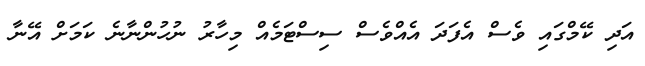
އަދި ކޭމްގައި ވެސް އެފަދަ އެއްވެސް ސިސްޓަމެއް މިހާރު ނުހުންނާނެ ކަމަށް އޭނާ